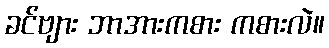
ခင်ဗျား ဘာအားကစား ကစားလဲ။